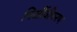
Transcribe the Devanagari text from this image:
निर्जीवीकरण